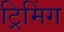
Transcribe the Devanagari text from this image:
ट्रिमिंग